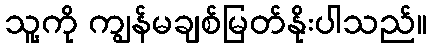
သူ့ကို ကျွန်မချစ်မြတ်နိုးပါသည်။